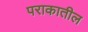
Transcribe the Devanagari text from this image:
पराकातील